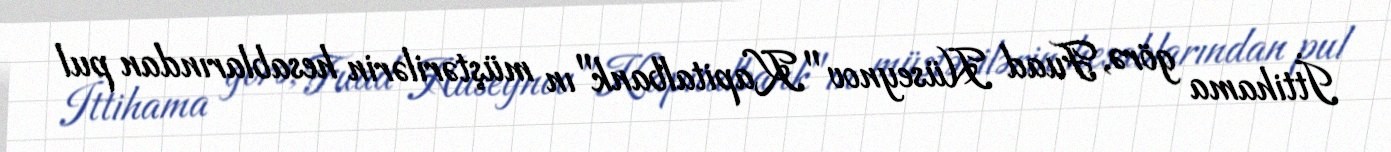
İttihama görə, Fuad Hüseynov "Kapitalbank"ın müştərilərin hesablarından pul